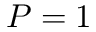
P = 1